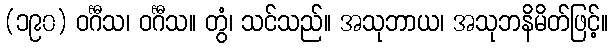
(၁၉၀) ဝင်္ဂီသ၊ ဝင်္ဂီသ။ တွံ၊ သင်သည်။ အသုဘာယ၊ အသုဘနိမိတ်ဖြင့်။